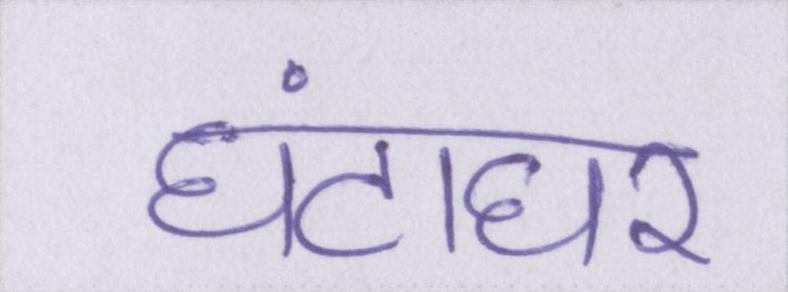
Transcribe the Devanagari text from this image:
घंटाघर